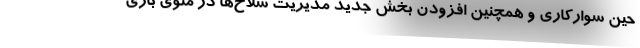
حین سوارکاری و همچنین افزودن بخش جدید مدیریت سلاح‌ها در منوی بازی